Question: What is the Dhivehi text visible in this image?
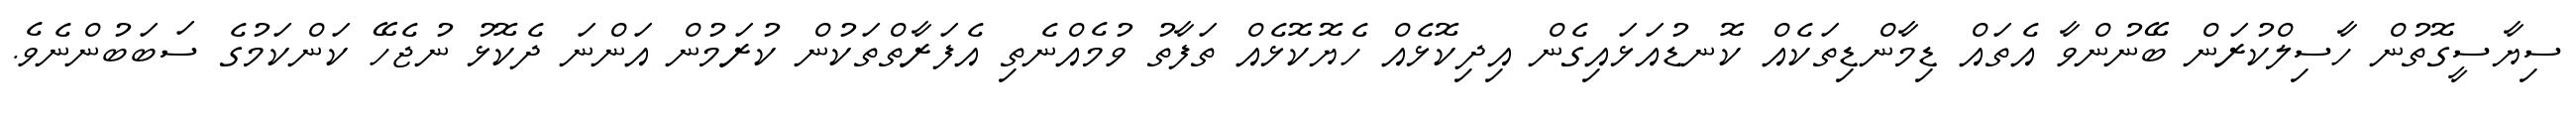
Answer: ސިޔާސީގޮތުން ހާސިލްކުރަން ބޭނުންވާ އެތައް ޑިމާންޑިތަކެއް ކޮނޑުއަޅައިގެން އިދިކޮޅެއް ހެޔޮކޮޅެއް ތަފާތު ވުމެއްނެތި އެފަރާތްތަކުން ކުރަމުން އަންނަ ދެކޮޅު ނުޖެހޭ ކަންކަމުގެ ސަބަބުންނެވެ.